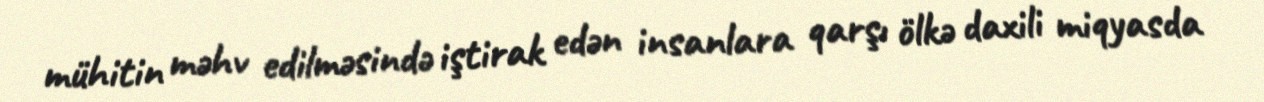
mühitin məhv edilməsində iştirak edən insanlara qarşı ölkə daxili miqyasda